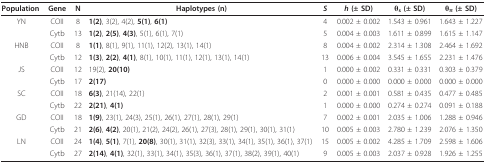
<table><thead><tr><td><b>Population</b></td><td><b>Gene</b></td><td><b>N</b></td><td><b>Haplotypes (n)</b></td><td><b><i>S</i></b></td><td><b><i>h </i>(± SD)</b></td><td><b>θ<sub>s </sub>(± SD)</b></td><td><b>θ<sub>π </sub>(± SD)</b></td></tr></thead><tbody><tr><td>YN</td><td>COII</td><td>8</td><td><b>1(2)</b>, 3(2), 4(2), <b>5(1)</b>, <b>6(1)</b></td><td>4</td><td>0.002 ± 0.002</td><td>1.543 ± 0.961</td><td>1.643 ± 1.227</td></tr><tr><td></td><td>Cytb</td><td>13</td><td><b>1(2)</b>, <b>2(5)</b>, <b>4(3)</b>, 5(1), 6(1), 7(1)</td><td>5</td><td>0.004 ± 0.003</td><td>1.611 ± 0.899</td><td>1.615 ± 1.147</td></tr><tr><td>HNB</td><td>COII</td><td>8</td><td><b>1(1)</b>, 8(1), 9(1), 11(1), 12(2), 13(1), 14(1)</td><td>8</td><td>0.004 ± 0.002</td><td>2.314 ± 1.308</td><td>2.464 ± 1.692</td></tr><tr><td></td><td>Cytb</td><td>12</td><td><b>1(3)</b>, <b>2(2)</b>, <b>4(1)</b>, 8(1), 10(1), 11(1), 12(1), 13(1), 14(1)</td><td>13</td><td>0.006 ± 0.004</td><td>3.545 ± 1.655</td><td>2.231 ± 1.476</td></tr><tr><td>JS</td><td>COII</td><td>12</td><td>19(2), <b>20(10)</b></td><td>1</td><td>0.000 ± 0.002</td><td>0.331 ± 0.331</td><td>0.303 ± 0.379</td></tr><tr><td></td><td>Cytb</td><td>17</td><td><b>2(17)</b></td><td>0</td><td>0.000 ± 0.000</td><td>0.000 ± 0.000</td><td>0.000 ± 0.000</td></tr><tr><td>SC</td><td>COII</td><td>18</td><td><b>6(3)</b>, 21(14), 22(1)</td><td>2</td><td>0.001 ± 0.001</td><td>0.581 ± 0.435</td><td>0.477 ± 0.485</td></tr><tr><td></td><td>Cytb</td><td>22</td><td><b>2(21)</b>, <b>4(1)</b></td><td>1</td><td>0.000 ± 0.000</td><td>0.274 ± 0.274</td><td>0.091 ± 0.188</td></tr><tr><td>GD</td><td>COII</td><td>18</td><td><b>1(9)</b>, 23(1), 24(3), 25(1), 26(1), 27(1), 28(1), 29(1)</td><td>7</td><td>0.002 ± 0.001</td><td>2.035 ± 1.006</td><td>1.288 ± 0.946</td></tr><tr><td></td><td>Cytb</td><td>21</td><td><b>2(6)</b>, <b>4(2)</b>, 20(1), 21(2), 24(2), 26(1), 27(3), 28(1), 29(1), 30(1), 31(1)</td><td>10</td><td>0.005 ± 0.003</td><td>2.780 ± 1.239</td><td>2.076 ± 1.350</td></tr><tr><td>LN</td><td>COII</td><td>24</td><td><b>1(4)</b>, <b>5(1)</b>, 7(1), <b>20(8)</b>, 30(1), 31(1), 32(3), 33(1), 34(1), 35(1), 36(1), 37(1)</td><td>15</td><td>0.005 ± 0.002</td><td>4.285 ± 1.709</td><td>2.598 ± 1.606</td></tr><tr><td></td><td>Cytb</td><td>27</td><td><b>2(14)</b>, <b>4(1)</b>, 32(1), 33(1), 34(1), 35(3), 36(1), 37(1), 38(2), 39(1), 40(1)</td><td>9</td><td>0.005 ± 0.003</td><td>2.037 ± 0.928</td><td>1.926 ± 1.255</td></tr></tbody></table>